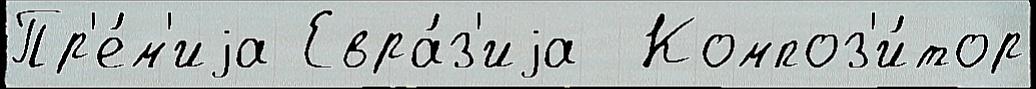
Пр'е́м'иjа Евра́з'иjа  Композ'и́тор